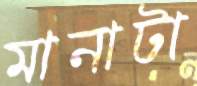
মানাটা